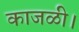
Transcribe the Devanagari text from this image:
काजळी।